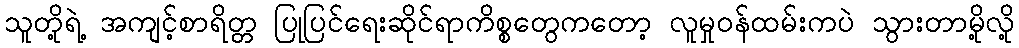
သူတို့ရဲ့ အကျင့်စာရိတ္တ ပြုပြင်ရေးဆိုင်ရာကိစ္စတွေကတော့ လူမှုဝန်ထမ်းကပဲ သွားတာမို့လို့